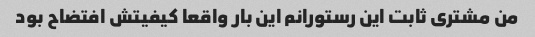
من مشتری ثابت این رستورانم این بار واقعا کیفیتش افتضاح بود